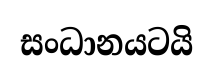
සංධානයටයි